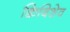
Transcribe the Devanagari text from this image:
क्विबिशेव